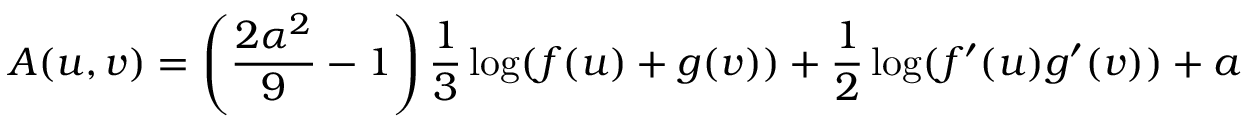
A ( u , v ) = \left( \frac { 2 \alpha ^ { 2 } } { 9 } - 1 \right) \frac { 1 } { 3 } \log ( f ( u ) + g ( v ) ) + \frac { 1 } { 2 } \log ( f ^ { \prime } ( u ) g ^ { \prime } ( v ) ) + a